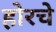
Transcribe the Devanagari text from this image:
होरचे